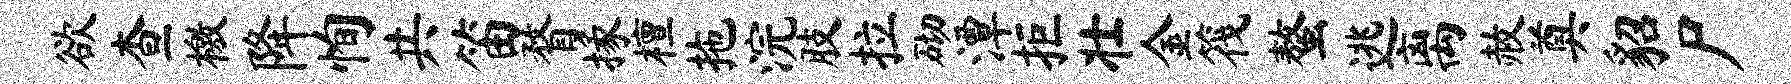
欲查檄降恂共笛瞀掾檀拖浣肢拉砌潭拒壮金筏螯逃离赦奠貂尸